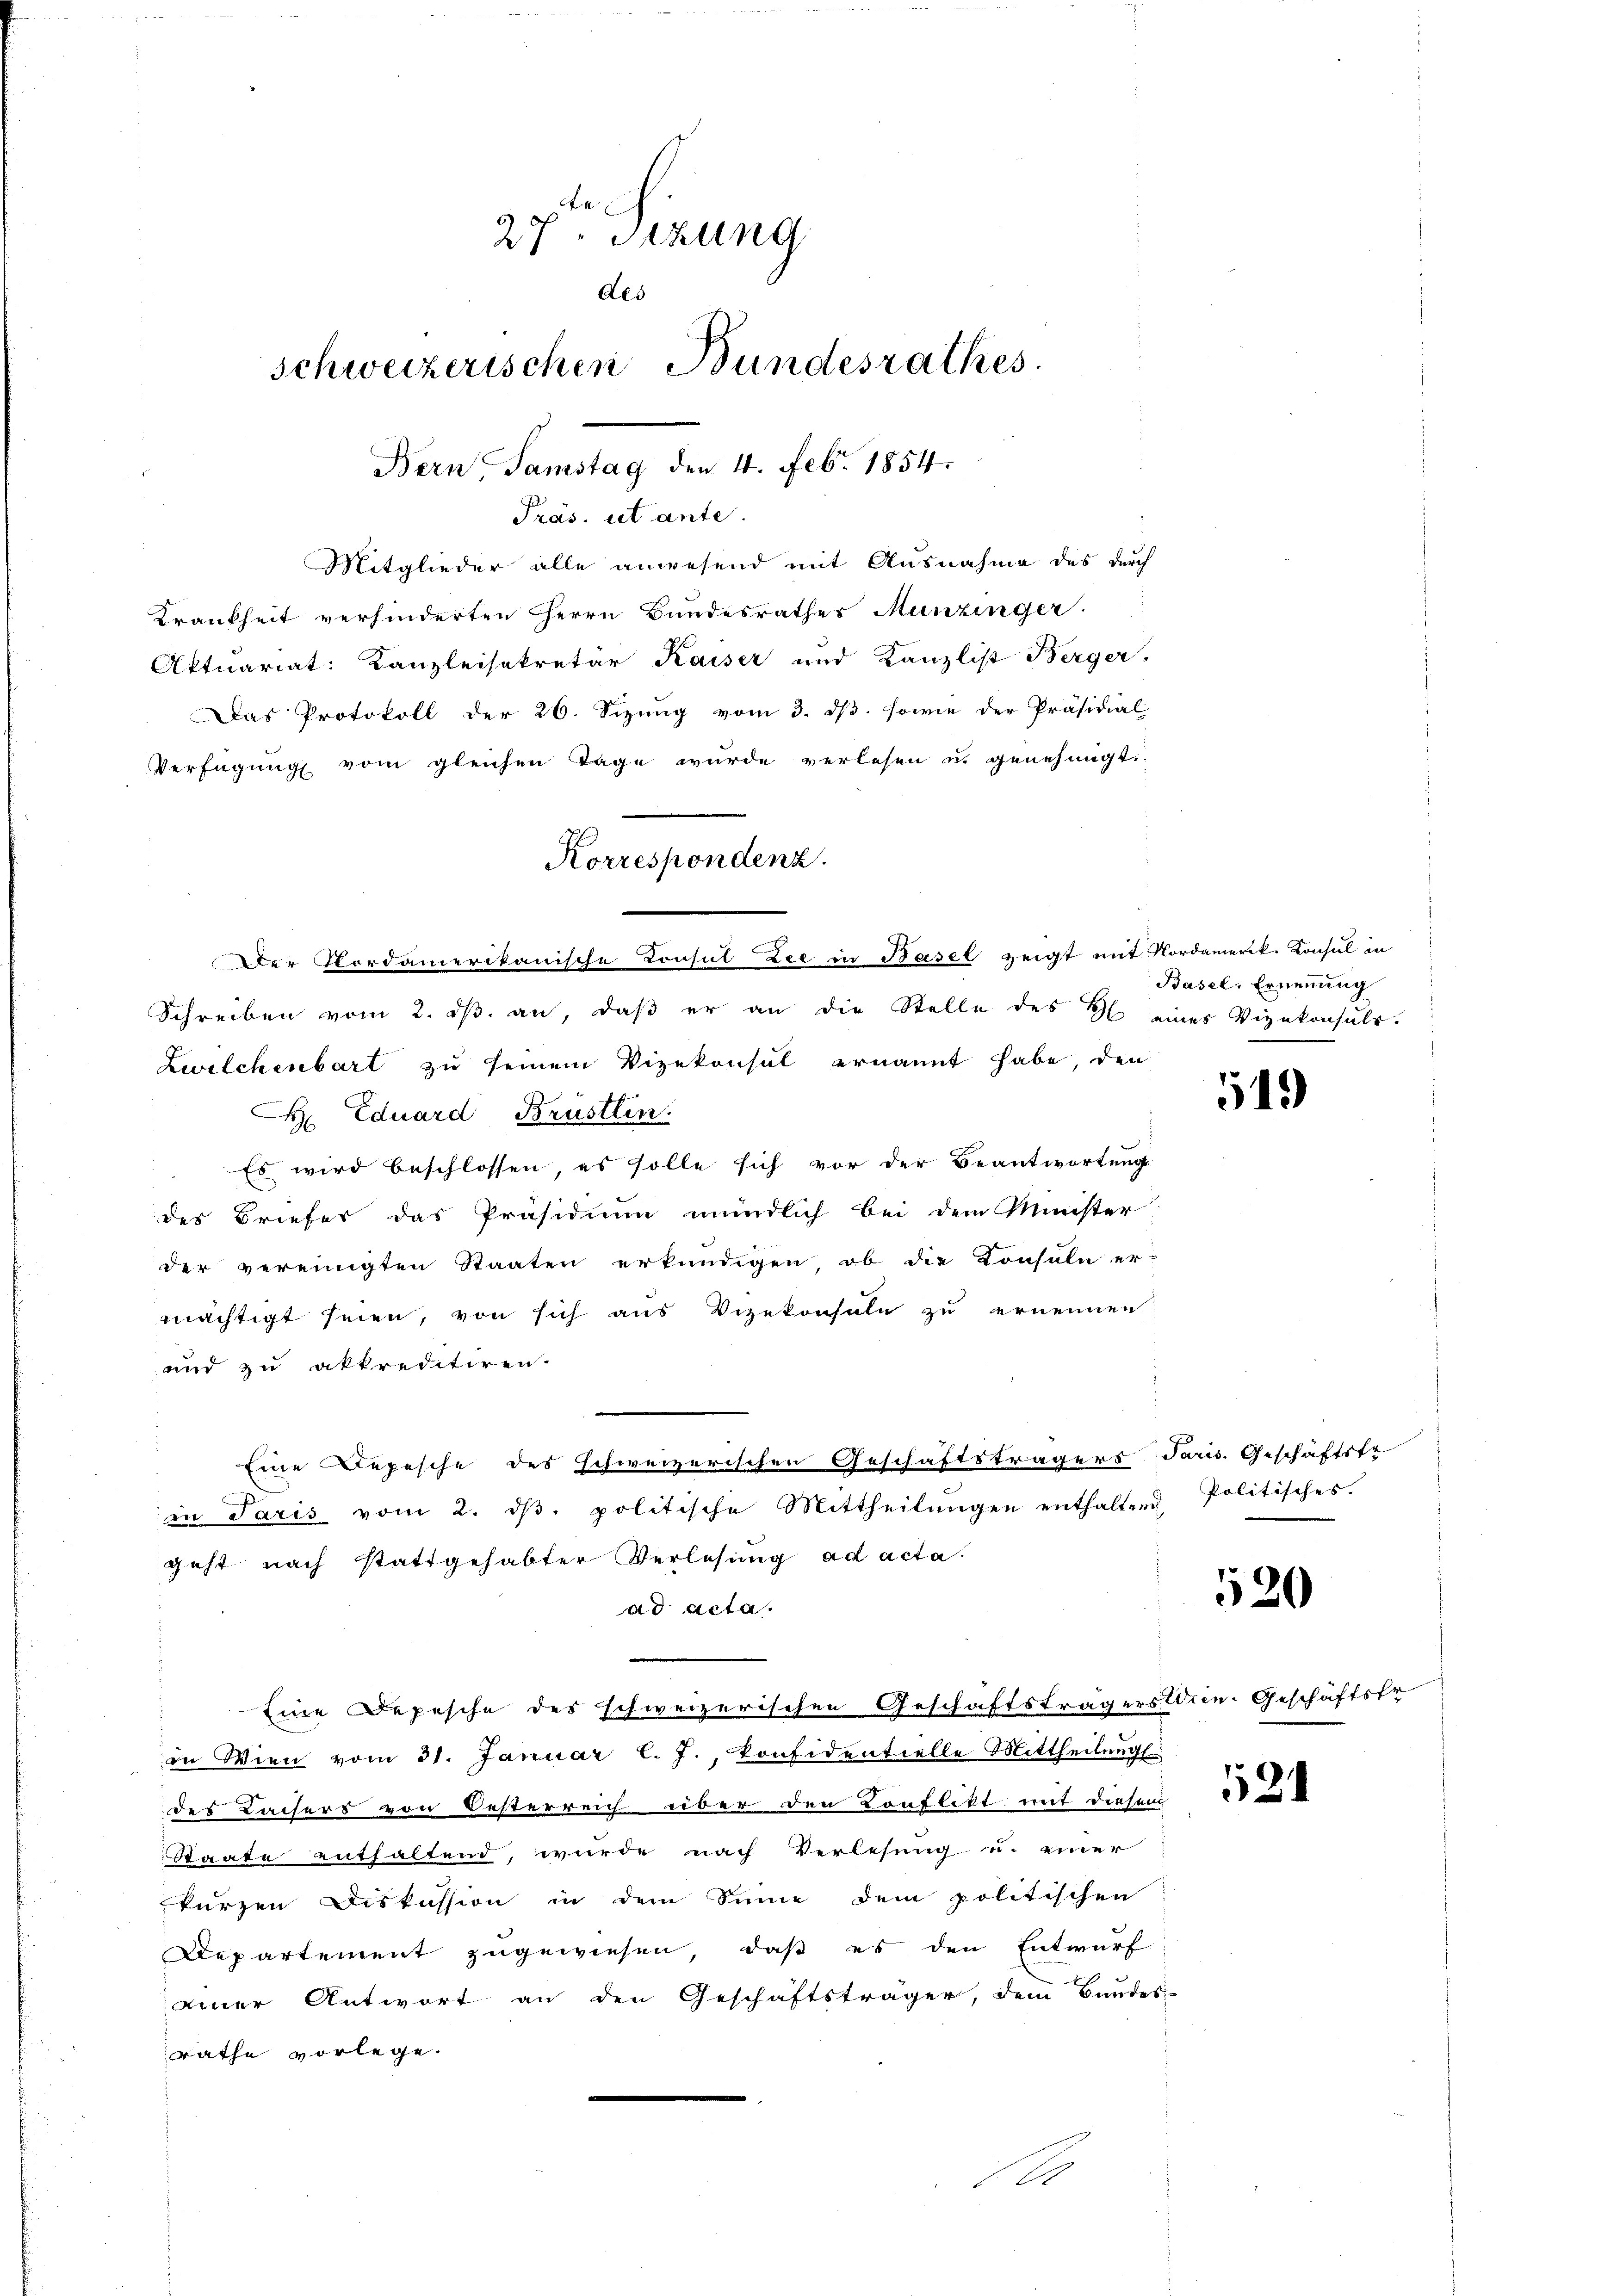
27. Sitzung
des
schweizerischen Bundesrathes.
Bern, Samstag den 4. Febr. 1854.

Präs. et ante

Mitglieder alle anwesend mit Ausnahme des durch
Krankheit verhinderten Herrn Bundesrathes Munzinger.
Aktuariat: Kanzleisekretär Kaiser und Kanzlist Berger,
Das Protokoll der 26. Sizung vom 3. ds. sowie der Präsidial-
Verfügung vom gleichen Tage wurde verlesen u. genehmigt.
Korrespondenz.

Der Cordamerikanische Consul Die in Basel zeigt mit Nordamerik. Konsul in

Schreiben vom 2. ds. an, daß er an die Stelle des H. eines Vizekonsuls.
Zwelchenbart zu seinem Vizekonsul ernannt habe, den
 Eduard Brustlin
Es wird beschlossen, es solle sich vor der Beantwortung
des Briefer das Präsidium mündlich bei dem Minister
der vereinigten Staaten erkundigen, ob die Konsuln er-
mächtigt seien, von sich aus Vizekonsuln zu ernennen:
und zu akkreditiren.
in Paris vom 2. dβ. politische Mittheilungen enthaltend
geht nach stattgehabter Verlesung ad acta.
ad acta.
Eine Depesche des schweizerischen Geschäftsträgers Wien-Geschäftsfr
in Wien vom 31. Januar l. J. Konfidentielle Mittheilung
des Lachers von Besterreich über den Konflikt mit diesem
Staate enthaltend, wurde nach Verlesung u. einer
kurzen Diskussion in dem Sinne dem politischen
Departement zugewiesen, daß es den Entwurf
einer Antwort an den Geschäftsträger, dem Bundes-
rathe vorlege.

Eine Depesche des schweizerischen Geschäftsträgers Paris. Geschäftste

Basel, Ernennung

54.

Politisches.

520

24